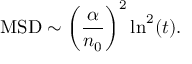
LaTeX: \mathrm { M S D } \sim \left( { \frac { \alpha } { n _ { 0 } } } \right) ^ { 2 } \ln ^ { 2 } ( t ) .